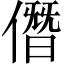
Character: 僭